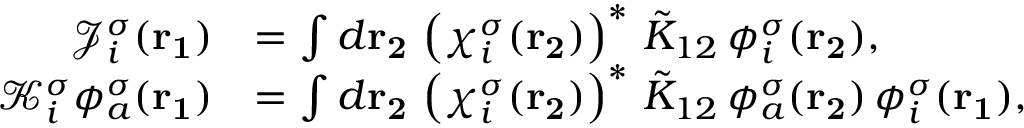
\begin{array} { r l } { \mathcal { J } _ { i } ^ { \sigma } ( \mathbf { r _ { 1 } } ) } & { = \int d \mathbf { r _ { 2 } } \, \left( \chi _ { i } ^ { \sigma } ( \mathbf { r _ { 2 } } ) \right) ^ { * } \, \tilde { K } _ { 1 2 } \, \phi _ { i } ^ { \sigma } ( \mathbf { r _ { 2 } } ) \mathrm { , } } \\ { \mathcal { K } _ { i } ^ { \sigma } \phi _ { a } ^ { \sigma } ( \mathbf { r _ { 1 } } ) } & { = \int d \mathbf { r _ { 2 } } \, \left( \chi _ { i } ^ { \sigma } ( \mathbf { r _ { 2 } } ) \right) ^ { * } \, \tilde { K } _ { 1 2 } \, \phi _ { a } ^ { \sigma } ( \mathbf { r _ { 2 } } ) \, \phi _ { i } ^ { \sigma } ( \mathbf { r _ { 1 } } ) \mathrm { , } } \end{array}